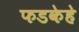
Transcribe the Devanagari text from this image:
फडकेहे